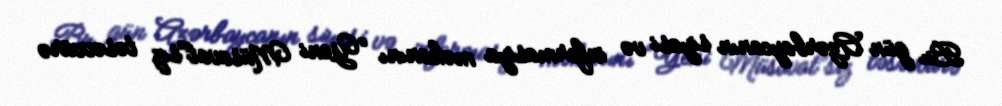
Bu gün Azərbaycanın siyasi və informasiya məkanını “Yeni Müsavat”sız təsəvvürə